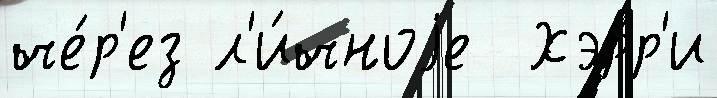
че́р'ез л'и́чноjе  Хэрр'и